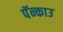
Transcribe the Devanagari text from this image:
पॅन्काउ